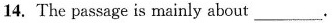
14. The passage is mainly about ___.